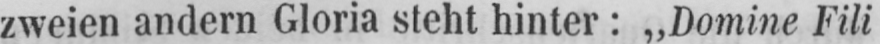
zweien andern Gloria steht hinter: „Domine Fili